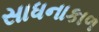
સાધનાકાળ